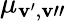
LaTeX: \mu_{\mathbf{v}^{\prime},\mathbf{v}"}